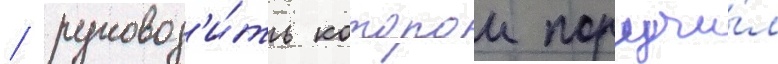
/ руковод'и́ть которои поручи́л